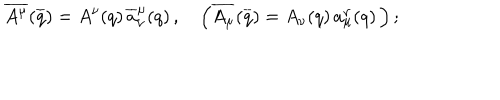
LaTeX: \overline { { { A ^ { \mu } } } } ( \overline { { { q } } } ) = A ^ { \nu } ( q ) \, \overline { { { a } } } _ { \nu } ^ { \mu } ( q ) \, , \quad \left( \overline { { { A _ { \mu } } } } ( \overline { { { q } } } ) = A _ { \nu } ( q ) \, { a } _ { \mu } ^ { \nu } ( q ) \, \right) ;